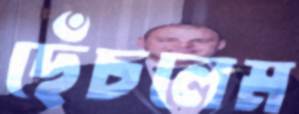
ছেঁচলেম